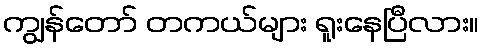
ကျွန်တော် တကယ်များ ရူးနေပြီလား။